Juuru_vallavalitsus, lk 54
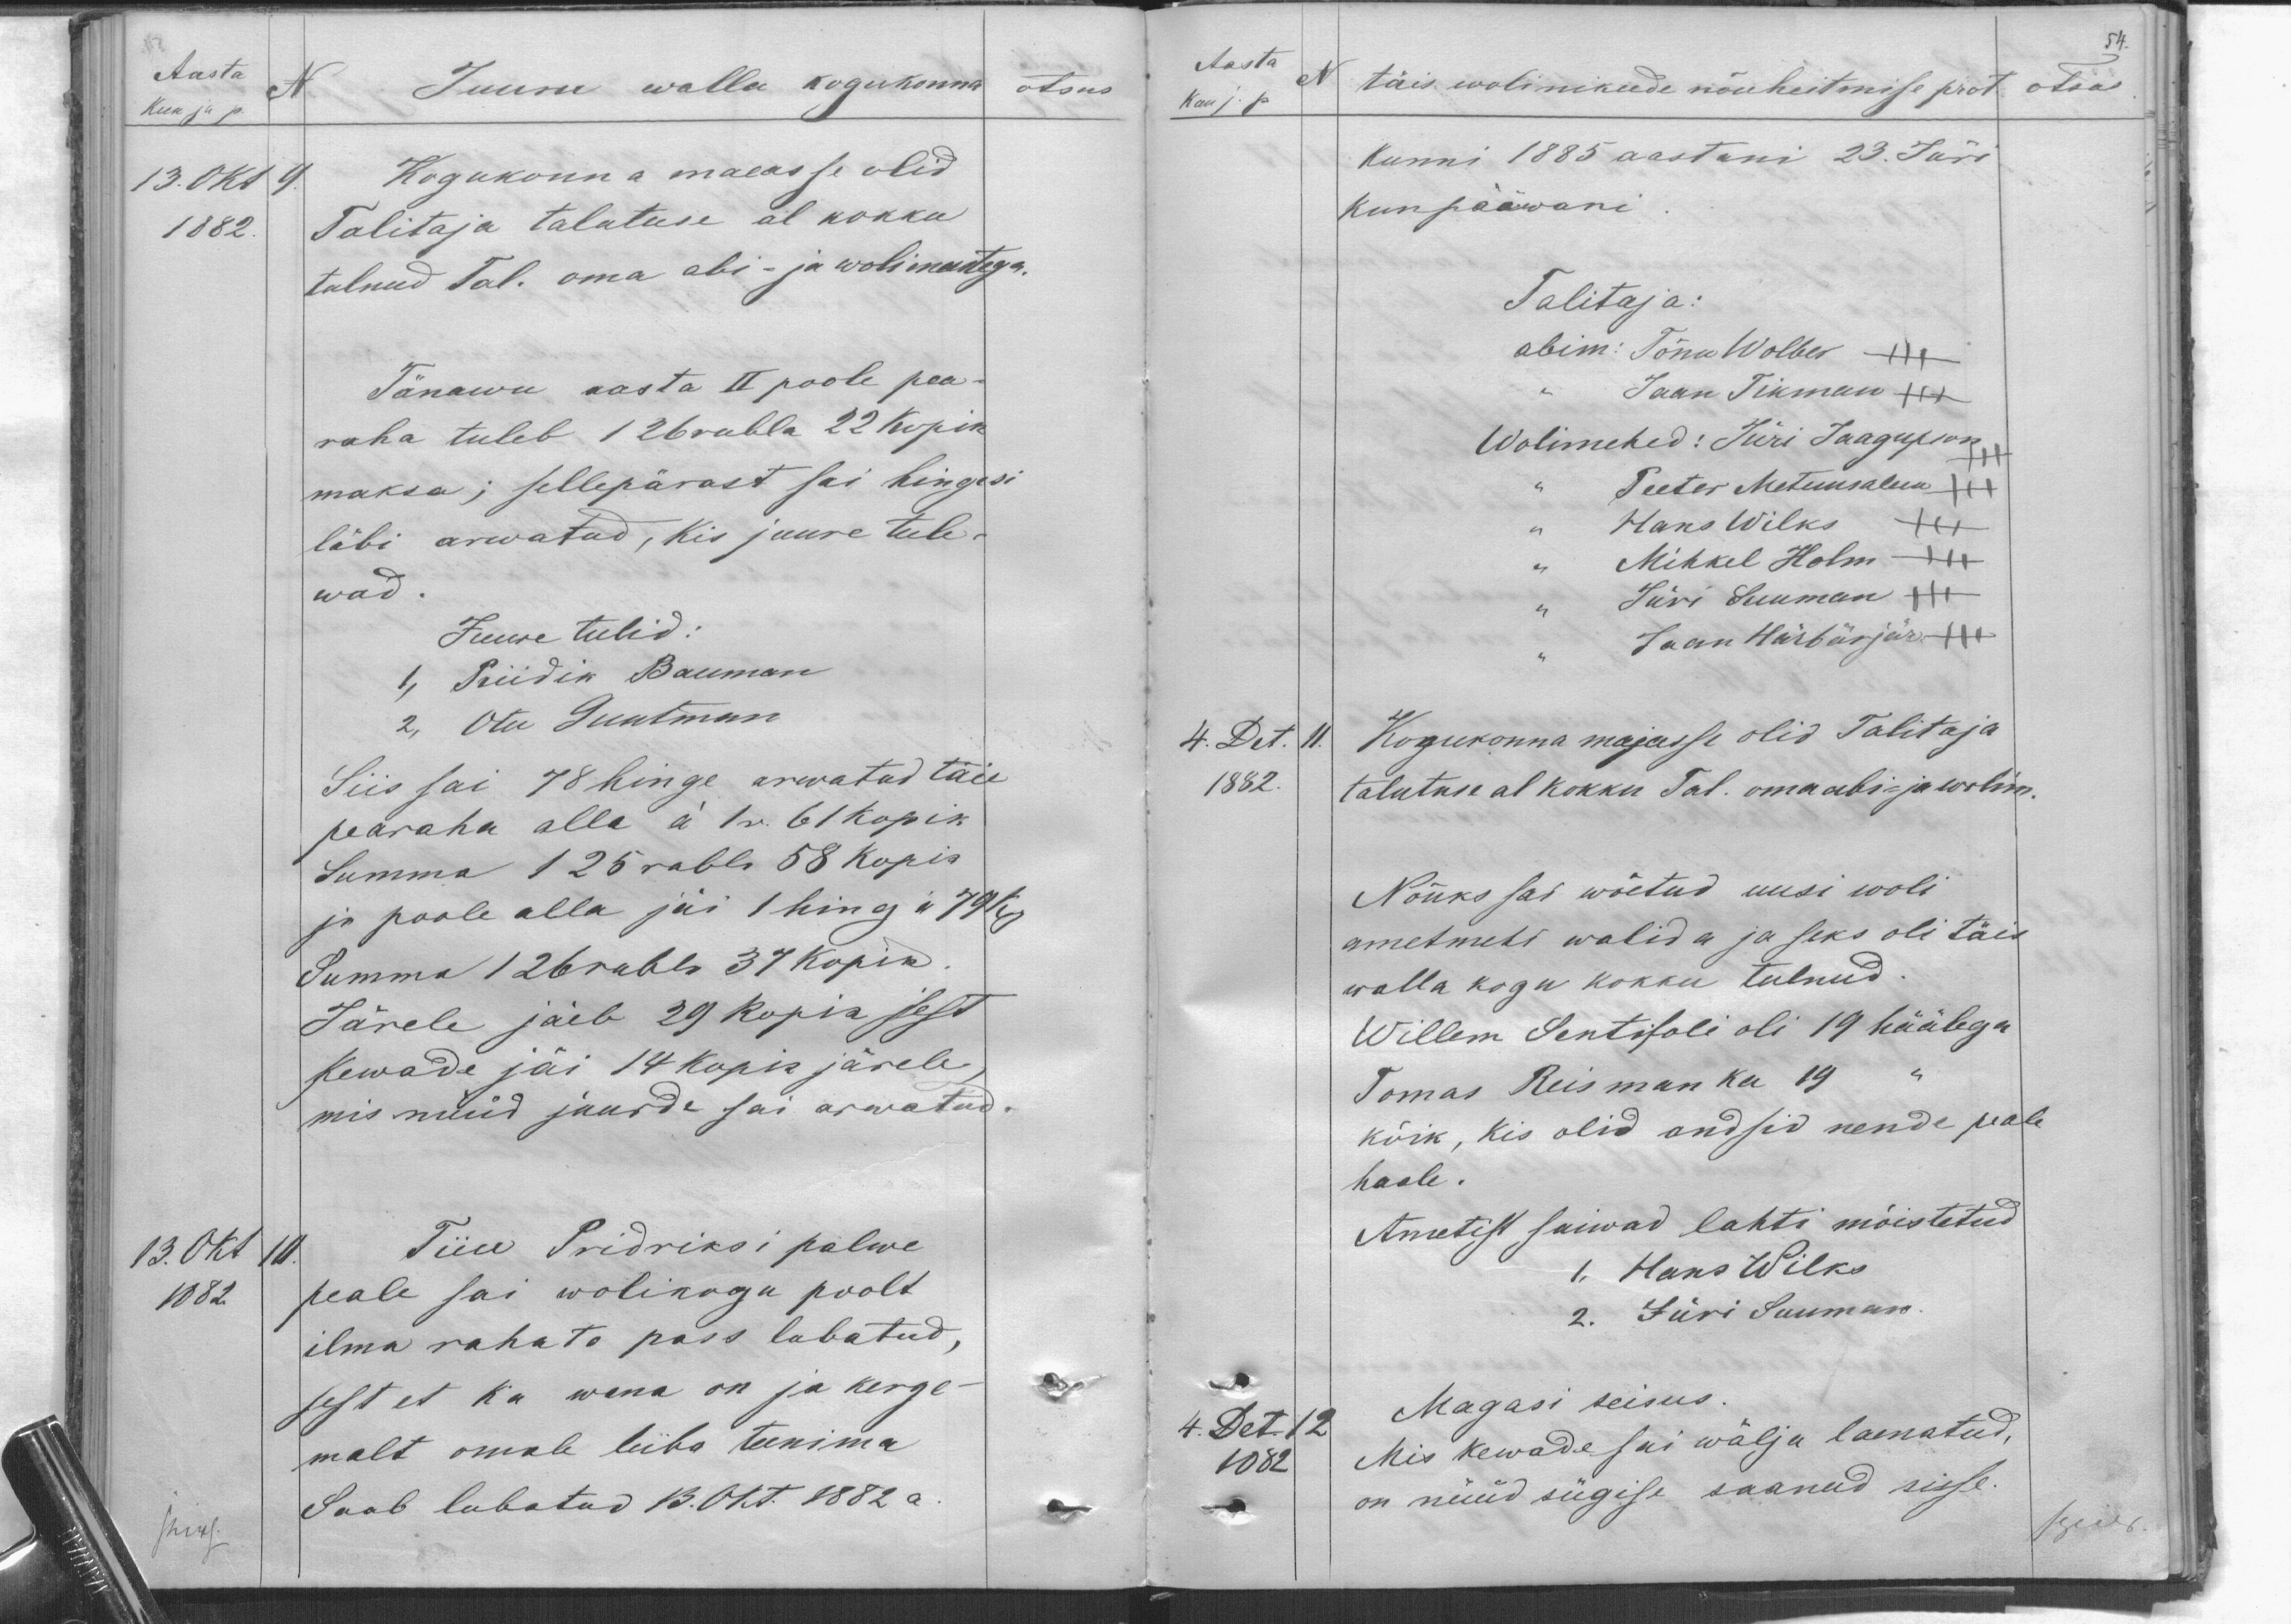
Aasta
N.
Kuu ja p.
13. Okt 9.
1882
Juuru walla kogukonna
otsus.
Kogukonna maeasse olid
Talitaja talutuse al kokku
tulnud Tal. oma abi- ja wolimeestega.
Tänawu aasta II poole pea-
raha tuleb 126 rubla 22 kopik
maksa; sellepärast sai hingesi
läbi arwatud, kis juure tule-
wad.
Juure tulid:
1, Priidik Bauman
2, Otu Guutman
Siis sai 78 hinge arwatud täie
pearaha alla á 1r. 61 kopik.
Summa 125 rubla 58 kopik
ja poole alla jäi 1 hing á 79 kp.
Summa 126 rubla 37 kopik
Järele jäeb 29 kopik sest
Kewade jäi 14 kopik järele
mis nüüd juurde sai arwatud.
13. Okt
1082.
Tiiu Pridriksi palwe
peale sai wolikogu poolt
ilma rahata pass lubatud,
sest et ka wana on ja kerge-
malt omale leiba teenima
Saab lubatud 13. Okt 1882 a

54.
Aasta
N
Kuu j p.
täis wolinikude nõuheitmise prot otsus
Kunni 1885 aastani 23. Jüri
kuupääwani.
Talitaja:
abim: Tõnu Wolber XXX
Jaan Tikman +++
Wolimehed: Jüri Jaagupson +++
Peeter Metuusalem XXX
Hans Wilks XXX
Mihkel Holm +++
Jüri Suuman +++
Jaan Härbärjär. +++
4. Det. 11
1882.
Kogukonna majasse olid Talitaja
talutuse al kokku Tal. oma abi- ja wolim.
Nõuks sai wõetud uusi woli
ametmehi walida ja seks oli täis
walla kogu kokku tulnud.
Willem Sentisfoli oli 19 häälega
Tomas Reisman ka 19
kõik, kis olid andsid nende peale
haele.
Ametist saiwad lahti mõistetud
1, Hans Wilks
2. Jüri Suumann
4. Det. 12
1882
Magasi seisus.
Mis kewade sai wälja laenatud,
on nüüd sügise saanud sisse.